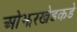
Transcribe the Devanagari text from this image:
ओझरखेडकडे